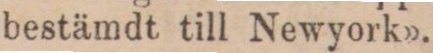
bestämdt till Newyork».